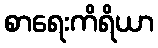
စာရေးကိရိယာ